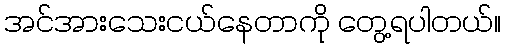
အင်အားသေးငယ်နေတာကို တွေ့ရပါတယ်။